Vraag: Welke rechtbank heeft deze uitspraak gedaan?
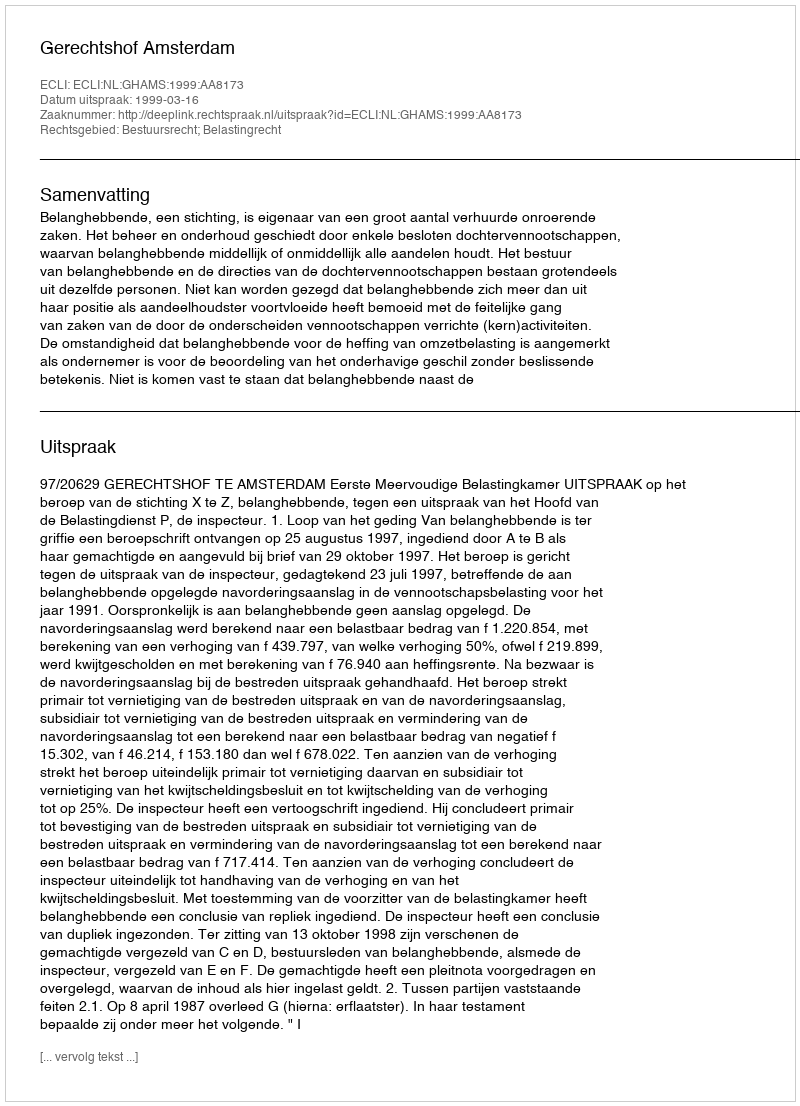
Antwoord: Gerechtshof Amsterdam